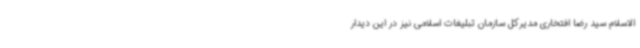
الاسلام سید رضا افتخاری مدیرکل سازمان تبلیغات اسلامی نیز در این دیدار